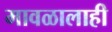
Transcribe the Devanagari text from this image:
मावळालाही